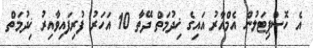
އެ ހޮސްޕިޓަލުން އެމްއާރު އައިގެ ޚިދުމަތް ދޭތާ 10 އަހަރު ފުރިފައިވާއިރު ޚިދުމަތް